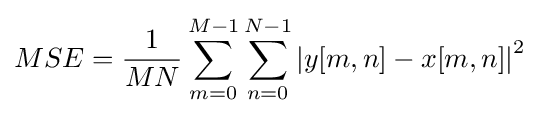
MSE={\frac {1}{MN}}\sum _{m=0}^{M-1}\sum _{n=0}^{N-1}\left|y[m,n]-x[m,n]\right|^{2}